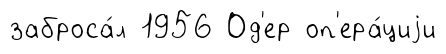
заброса́л 1956 Од'ер оп'ера́циjи